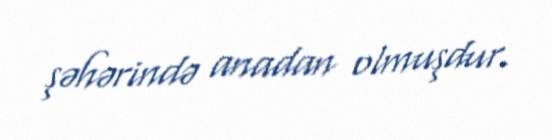
şəhərində anadan olmuşdur.